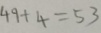
4 9 + 4 = 5 3